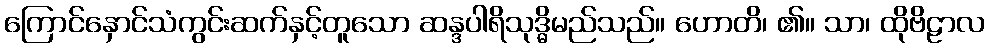
ကြောင်နှောင်သံကွင်းဆက်နှင့်တူသော ဆန္ဒပါရိသုဒ္ဓိမည်သည်။ ဟောတိ၊ ၏။ သာ၊ ထိုဗိဠာလ